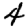
Digit: 4